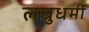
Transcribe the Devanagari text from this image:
लघुधर्मी